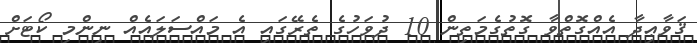
ޤަވާޢިދާ އެއްގޮތްވާ ގޮތުގެމަތިން 10 ދުވަހުގެ ތެރޭގައި އެ މައްސަލައެއް ނިންމި ކޯޓަށް